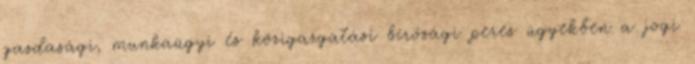
gazdasági, munkaügyi és közigazgatási bírósági peres ügyekben a jogi